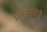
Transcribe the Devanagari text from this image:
॥सुहासिनी